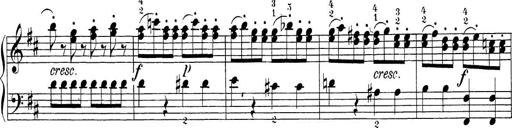
Title: Sonatina Album
Composer: Louis KÃ¶hler